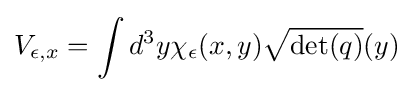
V_{\epsilon ,x}=\int d^{3}y\chi _{\epsilon }(x,y){\sqrt {\det(q)}}(y)